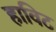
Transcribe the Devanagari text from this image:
हाविट